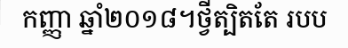
កញ្ញា ឆ្នាំ២០១៨។ថ្វីត្បិតតែ របប